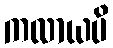
ကလာယပိ